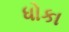
ધોકા